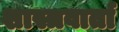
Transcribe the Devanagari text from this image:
शास्त्रवार्ता